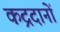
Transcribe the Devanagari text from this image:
कद्रदानों